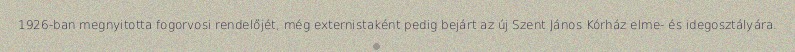
1926-ban megnyitotta fogorvosi rendelőjét, még externistaként pedig bejárt az új Szent János Kórház elme- és idegosztályára.